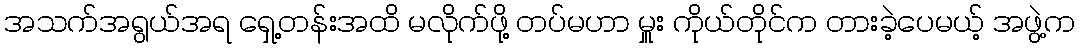
အသက်အရွယ်အရ ရှေ့တန်းအထိ မလိုက်ဖို့ တပ်မဟာ မှူး ကိုယ်တိုင်က တားခဲ့ပေမယ့် အဖွဲ့က